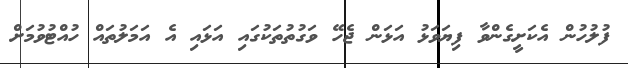
ފުލުހުން އެކަށީގެންވާ ފިޔަވަޅު އަޅަން ޖެހޭ ވަގުތުތަކުގައި އަޅައި އެ އަމަލުތައް ހުއްޓުވުމަށް